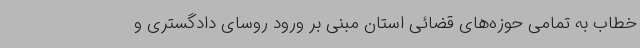
خطاب به تمامی حوزه‌های قضائی استان مبنی بر ورود روسای دادگستری و